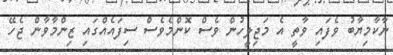
ނާކާމިޔާބު ވެފައި ވާތީ އެ މަޖިލީހުން ވެސް ކޮންމެވެސް ސިފައެއްގައި ޒިންމާވާން ޖެހޭ